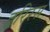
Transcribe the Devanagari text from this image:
हरिरस